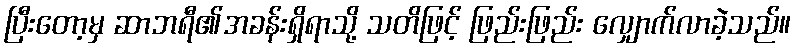
ပြီးတော့မှ ဆာဘရီ၏အခန်းရှိရာသို့ သတိဖြင့် ဖြည်းဖြည်း လျှောက်လာခဲ့သည်။